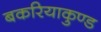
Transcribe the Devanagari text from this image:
बकरियाकुण्ड